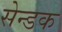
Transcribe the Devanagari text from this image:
सेन्डक